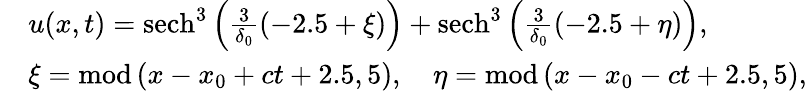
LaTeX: \begin{array}{rl}&{u(x,t)=\mathrm{sech}^{3}\left(\frac{3}{\delta_{0}}\left(-2.5+\xi\right)\right)+\mathrm{sech}^{3}\left(\frac{3}{\delta_{0}}\left(-2.5+\eta\right)\right),}\\ &{\xi=\mathrm{mod}\left(x-x_{0}+ct+2.5,5\right),\quad\eta=\mathrm{mod}\left(x-x_{0}-ct+2.5,5\right),}\end{array}